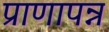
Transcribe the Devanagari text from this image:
प्राणापन्न